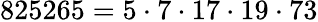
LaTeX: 825265=5\cdot 7\cdot 17\cdot 19\cdot 73